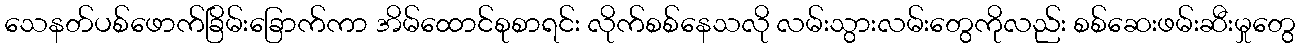
သေနတ်ပစ်ဖောက်ခြိမ်းခြောက်ကာ အိမ်ထောင်စုစာရင်း လိုက်စစ်နေသလို လမ်းသွားလမ်းတွေကိုလည်း စစ်ဆေးဖမ်းဆီးမှုတွေ